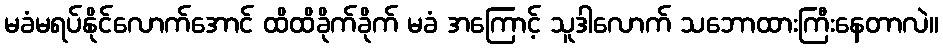
မခံမရပ်နိုင်လောက်အောင် ထိထိခိုက်ခိုက် မခံ အကြောင့် သူဒါလောက် သဘောထားကြီးနေတာလဲ။